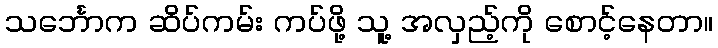
သင်္ဘောက ဆိပ်ကမ်း ကပ်ဖို့ သူ့ အလှည့်ကို စောင့်နေတာ။